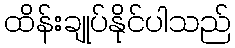
ထိန်းချုပ်နိုင်ပါသည်